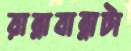
রান্নাবান্নাটা